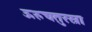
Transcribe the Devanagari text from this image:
ऊरुचतुरस्रा